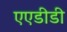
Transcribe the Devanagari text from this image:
एएडीडी